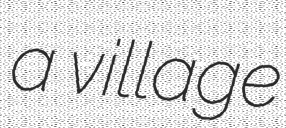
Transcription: a village